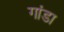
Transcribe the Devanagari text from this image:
गांडा